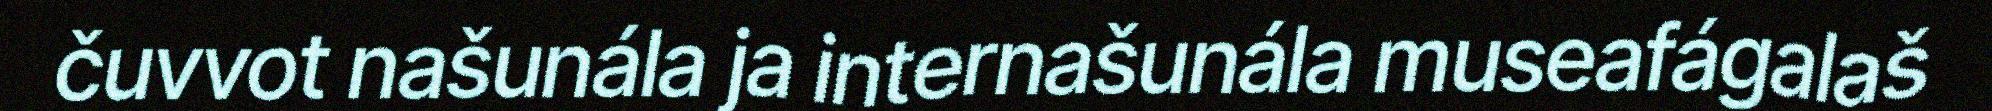
čuvvot našunála ja internašunála museafágalaš